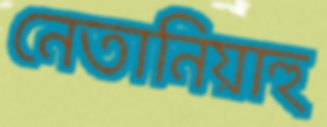
নেতানিয়াহু